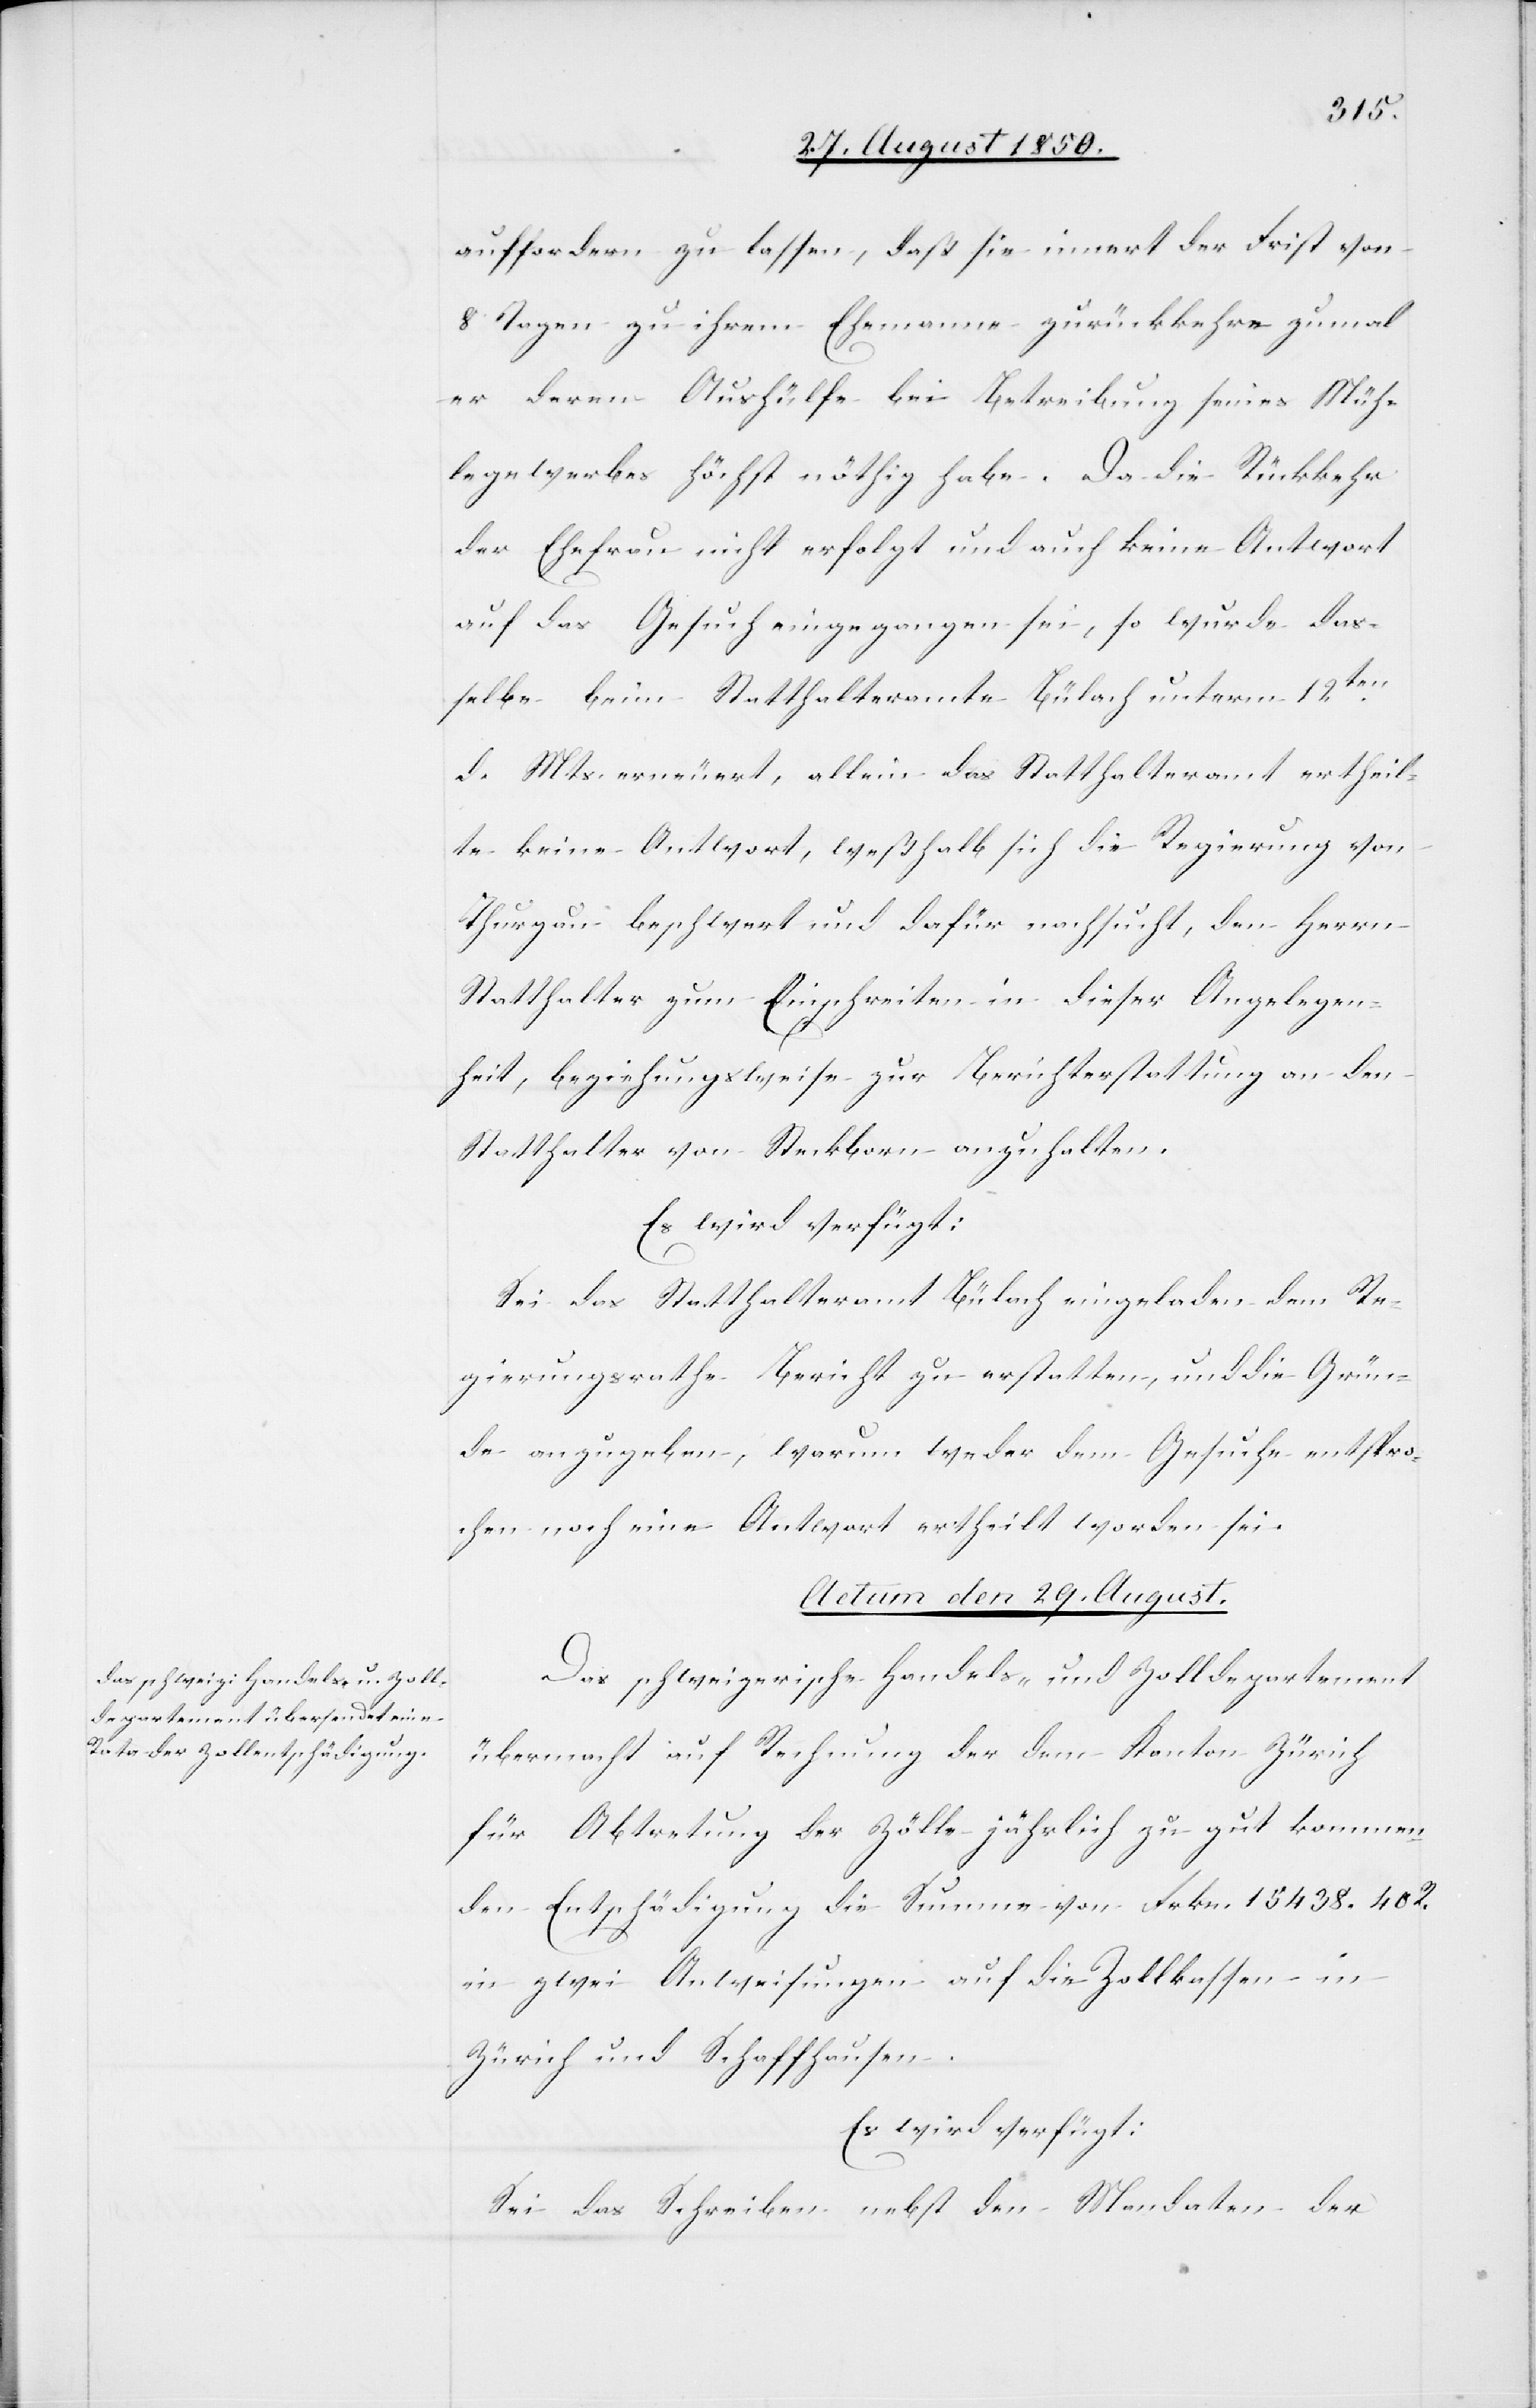
auffordern zu lassen, daß sie innert der Frist von
8 Tagen zu ihrem Ehemanne zurückkehre zumal
er deren Aushülfe bei Betreibung seines Müh¬
legewerbes höchst nöthig habe. Da die Rückkehr
der Ehefrau nicht erfolgt und auch keine Antwort
auf das Gesuch eingegangen sei, so wurde das¬
selbe beim Statthalteramte Bülach unterm 12ten
d. Mts. erneuert, allein das Statthalteramt ertheil¬
te keine Antwort, weßhalb sich die Regierung von
Thurgau beschwert und dafür nachsucht, den Herrn
Statthalter zum Einschreiten in dieser Angelegen¬
heit, beziehungsweise zur Berichterstattung an den
Statthalter von Steckborn anzuhalten.
Es wird verfügt:
Sei das Statthalteramt Bülach eingeladen dem Re¬
gierungsrathe Bericht zu erstatten, und die Grün¬
de anzugeben, warum weder dem Gesuche entspro¬
chen noch eine Antwort ertheilt worden sei.
Actum den 29. August.
Das schweizerische Handels- und Zolldepartement
übermacht auf Rechnung der dem Kanton Zürich
für Abtretung der Zölle jährlich zu gut kommen¬
den Entschädigung die Summe von Frkn. 15 438. 40 R.
in zwei Anweisungen auf die Zollkassen in
Zürich und Schaffhausen.
Es wird verfügt:
Sei das Schreiben nebst den Mandaten der